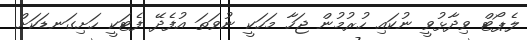
ލެޕޯޓް ވިދާޅުވީ ނުކައި ހުރުމުން ޖަހާ މަހަކީ ނުވަތަ އުފެދޭ ފެޓަކީ ހަށިގަނޑަކަށް